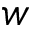
w